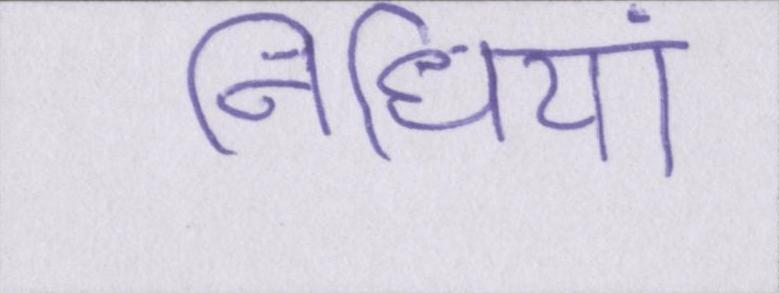
निधियां